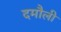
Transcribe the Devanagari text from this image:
दमाैली